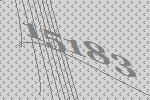
15183